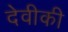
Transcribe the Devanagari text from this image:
देवीकी